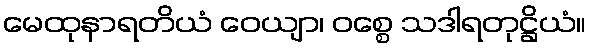
မေထုနာရတိယံ ဝေယျာ၊ ဝစ္စေ သဒါရတုဋ္ဌိယံ။